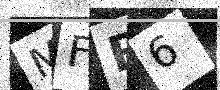
Text: MFB6